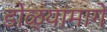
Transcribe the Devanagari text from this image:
डोळ्यांमागे